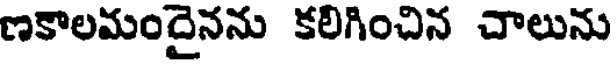
ణకాలమందైనను కలిగించిన చాలును